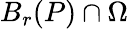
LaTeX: B_{r}(P)\cap\Omega